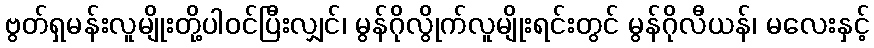
ဗွတ်ရှမန်းလူမျိုးတို့ပါဝင်ပြီးလျှင်၊ မွန်ဂိုလွိုက်လူမျိုးရင်းတွင် မွန်ဂိုလီယန်၊ မလေးနှင့်